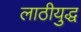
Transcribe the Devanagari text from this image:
लाठीयुद्ध